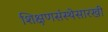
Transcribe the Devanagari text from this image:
शिक्षणसंस्थेसारखी